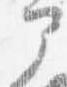
部